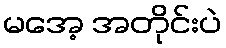
မအေ့ အတိုင်းပဲ